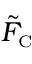
\tilde { F } _ { \scriptscriptstyle \mathrm { C } }